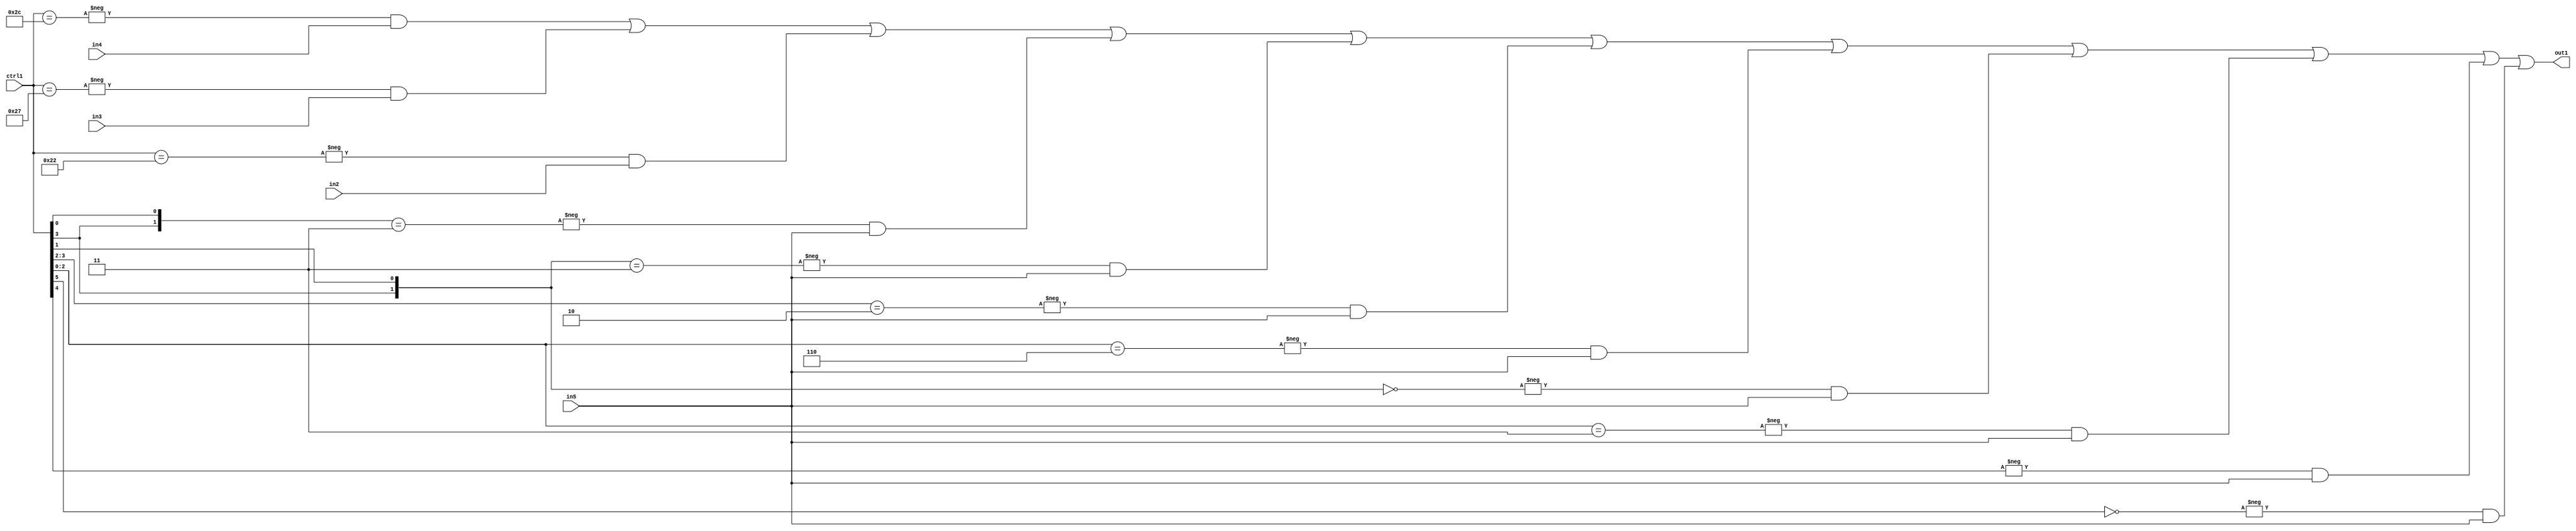
`timescale 1ps / 1ps
/*****************************************************************************
    Verilog RTL Description
    
    
    Created by: Stratus DpOpt 21.05.01 
*******************************************************************************/

module SobelFilter_N_Mux_32_4_39_1 (
	in5,
	in4,
	in3,
	in2,
	ctrl1,
	out1
	); /* architecture "behavioural" */ 
input [31:0] in5;
input [8:0] in4,
	in3,
	in2;
input [5:0] ctrl1;
output [31:0] out1;
wire [31:0] asc001;

assign asc001 = 
	-{ctrl1 == 6'B101100} & in4 |
	-{ctrl1 == 6'B100111} & in3 |
	-{ctrl1 == 6'B100010} & in2 |
	-{{ctrl1[3], ctrl1[0]} == 2'B11} & in5 |
	-{{ctrl1[3], ctrl1[1]} == 2'B11} & in5 |
	-{ctrl1[3:2] == 2'B10} & in5 |
	-{ctrl1[2:0] == 3'B110} & in5 |
	-{{ctrl1[3], ctrl1[1]} == 2'B00} & in5 |
	-{ctrl1[2:0] == 3'B011} & in5 |
	-{ctrl1[4] == 1'B1} & in5 |
	-{ctrl1[5] == 1'B0} & in5 ;

assign out1 = asc001;
endmodule

/* CADENCE  vbD4Qw0= : u9/ySxbfrwZIxEzHVQQV8Q== ** DO NOT EDIT THIS LINE ******/